Leaving Certificate Examination, 1910
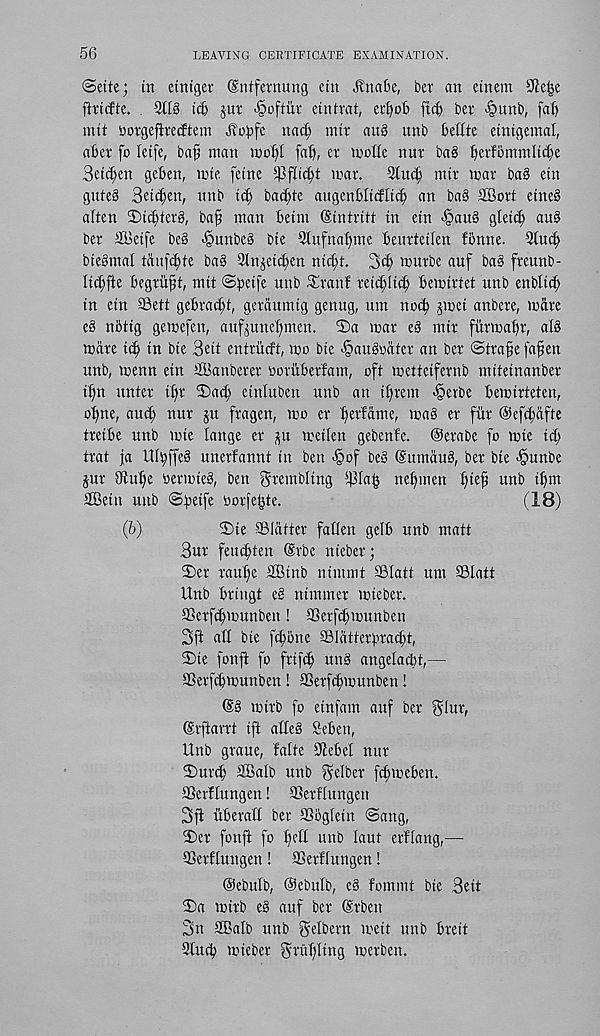
56
LEAVING CERTIFICATE EXAMINATION.
©cite; tit etntger Sntfetnung etn Jlnalie, bet an etnem
fittcfte. 2113 ti$ jut ^oftiit etnttat, edjob ftc^ bet -punb, faf)
nut botgefiterftem .fiobfe nac^ nut au§ unb bellte etntgemal,
abet fo leife, baf? man mobl fab, et motle nut bag betfbmmltcbe
Betcben geben, mte fetne 23fl!d;t mat.
2tu(b nut mat bag etn
guteg Setcben, unb td) bac^te augenbltdUcb an bag SBott etneg
aften 2)tcbtetg, baf man betm (Sinttitt in etn <§aug gleti^ aug
bet SBetfe beg <§unbeg bte 2lufna£)me beutteilen fonne. 2tucb
btegmal taufcbte bag 2lnjetd)en ntd;t. 3cb mutbe auf bag frcunb-
Itcb^e begtii^t, mtt ©petfe unb ^tauf tettbltib bemtttet unb enbltift
tn etn Sett gebtad^t, getaumtg genug, urn mub jmet anbete, mate
eg nbttg gemefen, aufjunefnnett. 2)a mar eg nut fi'ttmabt, alg
mate tcb tn bte 3ett entriicft, mo bte -§augoatet an bet Strafe fafjett
unb, menn etn fflanbetet oorubetfam, oft mettctfetnb mttetnanbet
ttm untet tbt 2)ad; etnluben unb an if)rent '§etbe bemtrteten,
of)ne, aud) nut ju ftagen, mo et betfame, mag et fitt ©efcbafte
treibe unb mte lange et ju metfen gebenfe. ©etabe fo mte id;
trat fa ttltyffeg unetfannt in ben >§of beg ©umdug, bet bte -§unbe
jut Otube oetmteg, ben gtembltng 2Ifaf3 nebmen b^f unb tbm
fffietn uttb Sf)«ff botfebte.
(18)
(fe)
2)te ©latter fallen gelb unb matt
But feudjten (Stbe ntebet;
Set taube 2Btnb ntmmt ©latt urn ©latt
Itnb bttugt eg ntnunet mteber.
SSetfcbmunben! ©etfdjmuttben
3ft afl bte fcbone ©Idttetbtacbt,
3)te fonft fo frtftb ung angelacbt,—
©etfcbmunben! 93etfd)munben!
©g mttb fo etnfam auf bet Blur,
(Srftarrt tft affeg Seben,
Unb gtaue, falte 9Jebet nut
2)utcb 2BaIb unb Befbet fcbmeben.
SSerflungen! SSetffungen
3ji iibetaff bet ©bgfetn Sang,
2)et fonft fo b^tf unb laut etffang,—
ffietffungen! SSettfungen!
©ebufb, ©ebulb, eg fommt bte Bett
2)a mttb eg auf bet (Srben
3n Sffialb unb ^elbern mett unb bteit
2fu(b mtebet gritbltng mctben.